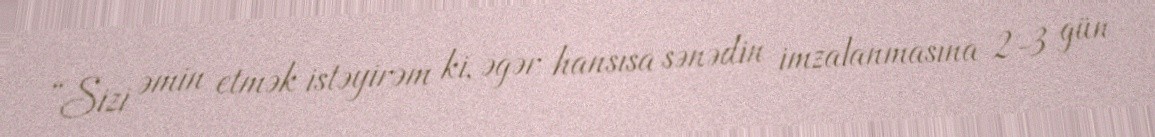
“Sizi əmin etmək istəyirəm ki, əgər hansısa sənədin imzalanmasına 2-3 gün